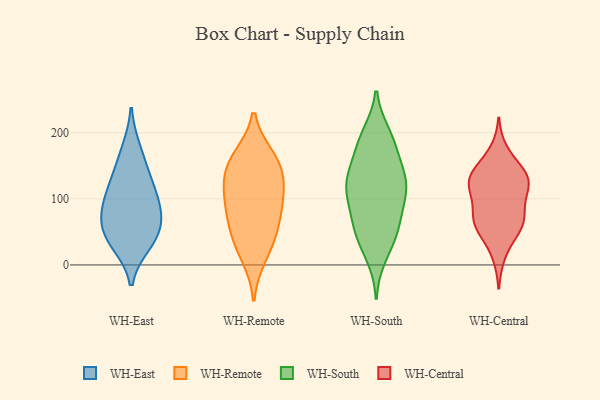
{"axis": {"x": "Waste Production (Tons)", "y": "Value"}, "legend": ["WH-Central", "WH-East", "WH-Remote", "WH-South"], "data": [{"x": "", "y": 64, "type": "WH-East"}, {"x": "", "y": 49, "type": "WH-East"}, {"x": "", "y": 122, "type": "WH-East"}, {"x": "", "y": 37, "type": "WH-East"}, {"x": "", "y": 80, "type": "WH-East"}, {"x": "", "y": 87, "type": "WH-East"}, {"x": "", "y": 141, "type": "WH-East"}, {"x": "", "y": 32, "type": "WH-East"}, {"x": "", "y": 103, "type": "WH-East"}, {"x": "", "y": 175, "type": "WH-East"}, {"x": "", "y": 163, "type": "WH-Remote"}, {"x": "", "y": 109, "type": "WH-Remote"}, {"x": "", "y": 110, "type": "WH-Remote"}, {"x": "", "y": 159, "type": "WH-Remote"}, {"x": "", "y": 78, "type": "WH-Remote"}, {"x": "", "y": 131, "type": "WH-Remote"}, {"x": "", "y": 149, "type": "WH-Remote"}, {"x": "", "y": 38, "type": "WH-Remote"}, {"x": "", "y": 80, "type": "WH-Remote"}, {"x": "", "y": 13, "type": "WH-Remote"}, {"x": "", "y": 49, "type": "WH-Remote"}, {"x": "", "y": 117, "type": "WH-South"}, {"x": "", "y": 60, "type": "WH-South"}, {"x": "", "y": 108, "type": "WH-South"}, {"x": "", "y": 66, "type": "WH-South"}, {"x": "", "y": 135, "type": "WH-South"}, {"x": "", "y": 105, "type": "WH-South"}, {"x": "", "y": 125, "type": "WH-South"}, {"x": "", "y": 139, "type": "WH-South"}, {"x": "", "y": 67, "type": "WH-South"}, {"x": "", "y": 186, "type": "WH-South"}, {"x": "", "y": 41, "type": "WH-South"}, {"x": "", "y": 172, "type": "WH-South"}, {"x": "", "y": 192, "type": "WH-South"}, {"x": "", "y": 102, "type": "WH-South"}, {"x": "", "y": 39, "type": "WH-South"}, {"x": "", "y": 13, "type": "WH-South"}, {"x": "", "y": 198, "type": "WH-South"}, {"x": "", "y": 139, "type": "WH-South"}, {"x": "", "y": 172, "type": "WH-Central"}, {"x": "", "y": 69, "type": "WH-Central"}, {"x": "", "y": 130, "type": "WH-Central"}, {"x": "", "y": 143, "type": "WH-Central"}, {"x": "", "y": 147, "type": "WH-Central"}, {"x": "", "y": 64, "type": "WH-Central"}, {"x": "", "y": 51, "type": "WH-Central"}, {"x": "", "y": 116, "type": "WH-Central"}, {"x": "", "y": 120, "type": "WH-Central"}, {"x": "", "y": 118, "type": "WH-Central"}, {"x": "", "y": 126, "type": "WH-Central"}, {"x": "", "y": 63, "type": "WH-Central"}, {"x": "", "y": 81, "type": "WH-Central"}, {"x": "", "y": 54, "type": "WH-Central"}, {"x": "", "y": 88, "type": "WH-Central"}, {"x": "", "y": 130, "type": "WH-Central"}, {"x": "", "y": 15, "type": "WH-Central"}]}